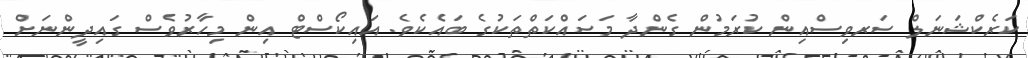
ކަރެކްޝަނަލް ސަރވިސްއިން ކުރަމުން ގެންދާ މަސައްކަތްތަކުގެ ބައެކެވެ. އައިކޯސްޓް އިން މިހާރުވެސް ގައިދީންނަށް